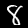
Label: 8